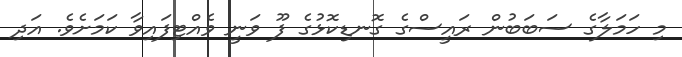
މި ހަމަލާގެ ސަބަބުން ރައީސްގެ ގޮނޑިކޮޅުގެ ފޫ ވަނީ ވެއްޓިފައިވާ ކަމަށެވެ. އަދި